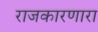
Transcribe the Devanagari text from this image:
राजकारणारा